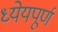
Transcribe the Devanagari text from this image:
ध्येयपूर्ण